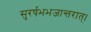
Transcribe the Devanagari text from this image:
सुरर्षभभजान्तरात्।